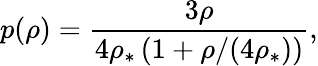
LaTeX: p(\rho)=\frac{3\rho}{4\rho_{\ast}\left(1+\rho/(4\rho_{\ast})\right)},